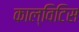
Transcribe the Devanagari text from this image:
काल्विटिस